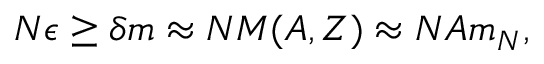
N \epsilon \geq \delta m \approx N M ( A , Z ) \approx N A m _ { N } ,